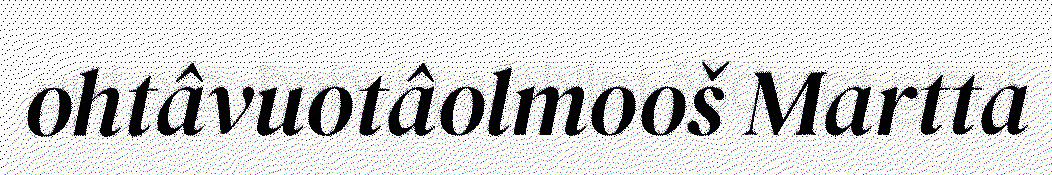
ohtâvuotâolmooš Martta